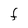
Character: F